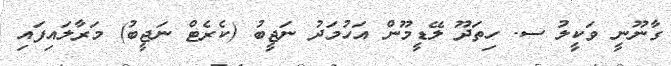
ގާނޫނީ ވަކީލު ސ. ހިތަދޫ ލޭޑީމޫން އަހުމަދު ނަޖީބު (ކެރެޓް ނަޖީބު) މަރާލައިފައި